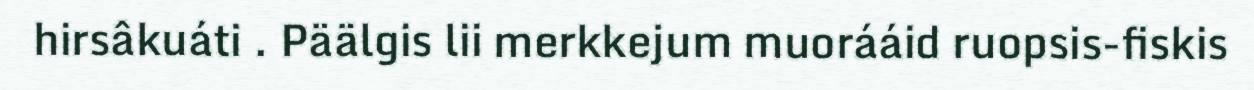
hirsâkuáti . Päälgis lii merkkejum muorááid ruopsis-fiskis